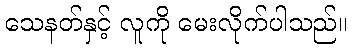
သေနတ်နှင့် လူကို မေးလိုက်ပါသည်။